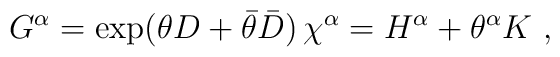
G^\alpha=\exp(\theta D+\bar \theta \bar D)\,\chi^\alpha=H^\alpha+\theta^\alpha K\ ,